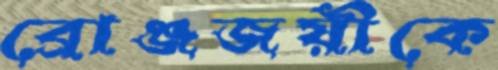
ব্রোঞ্জজয়ীকে